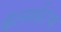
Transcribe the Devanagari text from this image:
कॅल्साईटचा